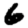
Digit: 6